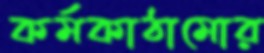
কর্মকাঠামোর